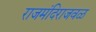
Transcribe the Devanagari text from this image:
राजमंदिराजवळ